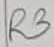
Text: R3